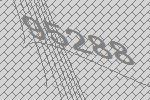
95288